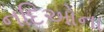
નદિઓના